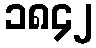
၁၈၄၂